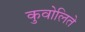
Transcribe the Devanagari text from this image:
कुवोलिते